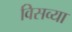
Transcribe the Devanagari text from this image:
विसव्या